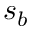
s _ { b }